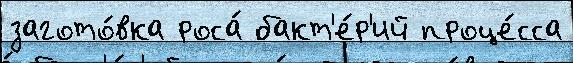
загото́вка роса́ бакт'е́р'ий проце́сса